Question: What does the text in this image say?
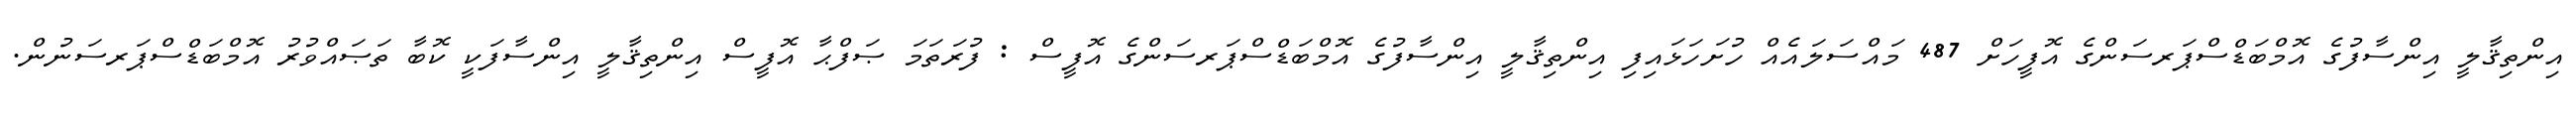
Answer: އިންތިޤާލީ އިންސާފުގެ އޮމްބަޑްސްޕަރސަންގެ އޮފީހަށް 487 މައްސަލައެއް ހުށަހަޅައިފި އިންތިޤާލީ އިންސާފުގެ އޮމްބަޑްސްޕަރސަންގެ އޮފީސް : ފުރަތަމަ ޞަފްޙާ އޮފީސް އިންތިޤާލީ އިންސާފަކީ ކޮބާ ތަޞައްވުރު އޮމްބަޑްސްޕަރސަނުން.